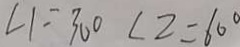
\angle 1 = 3 0 ^ { \circ } \angle 2 = 6 0 ^ { \circ }